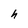
Character: h